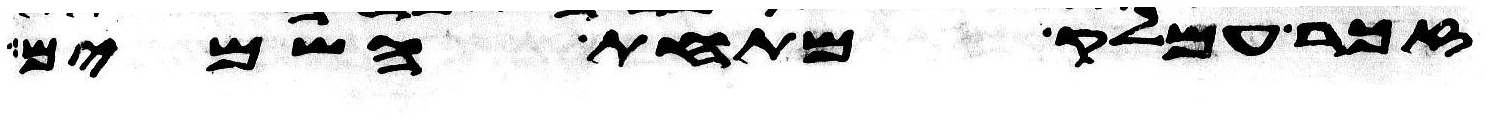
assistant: זכר עמלק מתחת השמים